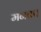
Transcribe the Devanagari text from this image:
मनता।